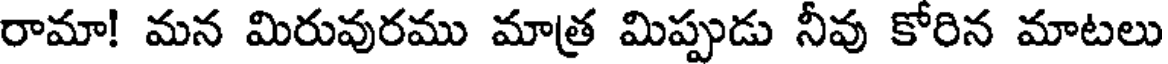
రామా! మన మిరువురము మాత్ర మిప్పుడు నీవు కోరిన మాటలు